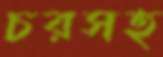
চরসহ